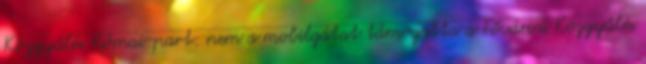
Közgyűlés Római-part: nem a mobilgátat támogatta a Fővárosi Közgyűlés